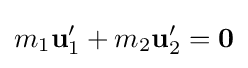
m_{1}\mathbf {u} _{1}^{\prime }+m_{2}\mathbf {u} _{2}^{\prime }={\boldsymbol {0}}